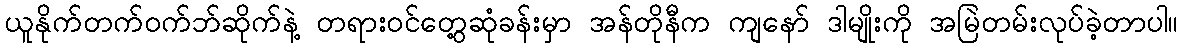
ယူနိုက်တက်ဝက်ဘ်ဆိုက်နဲ့ တရားဝင်တွေ့ဆုံခန်းမှာ အန်တိုနီက ကျနော် ဒါမျိုးကို အမြဲတမ်းလုပ်ခဲ့တာပါ။